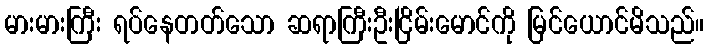
မားမားကြီး ရပ်နေတတ်သော ဆရာကြီးဦးငြိမ်းမောင်ကို မြင်ယောင်မိသည်။